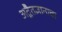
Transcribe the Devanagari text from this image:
अद्वैतज्ञानाचा